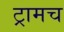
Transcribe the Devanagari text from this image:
ट्रामच